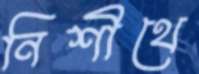
নিশীথে